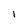
Character: i